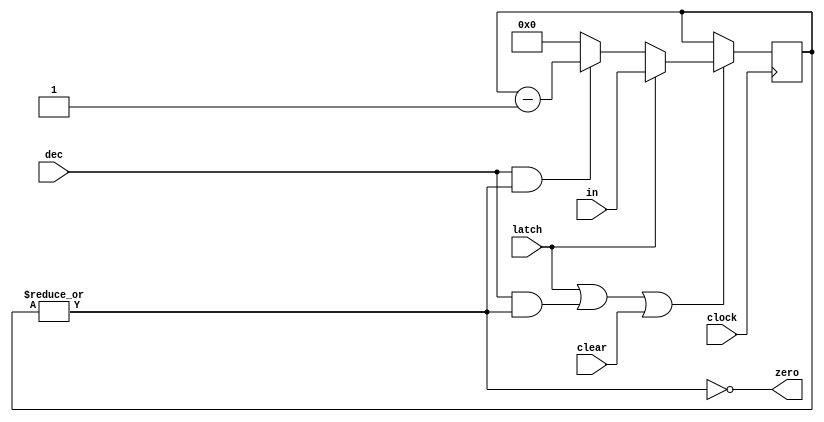
 module mycounter (clock, in, latch, dec, clear, zero);
/* simple top down counter with zero flag */

input       clock;  /* clock */
input [3:0] in;     /* starting count */
input       latch;  /* latch `in when high */
input       dec;    /* decrement count when dec high */
input       clear;  /* clear count when clear high */ 
output      zero;   /* high when count down to zero */

reg [3:0] value;   /* current count value */
reg [3:0] next_value;
wire      zero, enable;

// D-Flip Flops with enable 
always@(posedge clock)
  if (enable) value <= next_value;

// produce enable
assign enable = latch | (dec & !zero) | clear;

// input multiplexor to value register
always@(latch or value or in or dec or zero)
  begin
    if (latch) next_value = in;
    else if (dec && !zero) next_value = value - 1'b1;
    else next_value = 4'b0; // default is clear
  end

// combinational logic to produce `zero flag
  assign zero = ~|value;
endmodule /* counter */